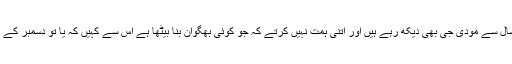
10 سال ڈاکٹر منموہن سنگھ بھی یہ تماشہ دیکھ کر چلے گئے اب چار سال سے مودی جی بھی دیکھ رہے ہیں اور اتنی ہمت نہیں کرتے کہ جو کوئی بھگوان بنا بیٹھا ہے اس سے کہیں کہ یا تو دسمبر کے باقی دنوں میں دہلی کے اندر لو چلاکر دکھاؤ ورنہ جیل جاکر چکی پیسو۔